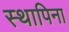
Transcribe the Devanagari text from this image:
स्थापिना